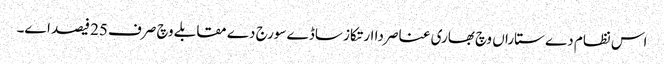
اس نظام دے ستاراں وچ بھاری عناصر دا ارتکاز ساڈے سورج دے مقابلے وچ صرف 25 فیصد ا‏‏ے۔